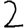
Digit: 2